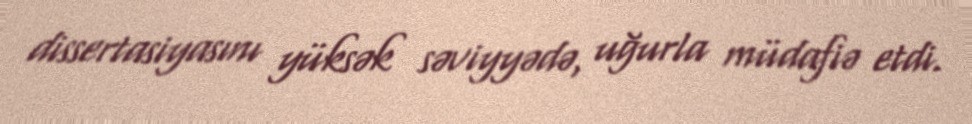
dissertasiyasını yüksək səviyyədə, uğurla müdafiə etdi.